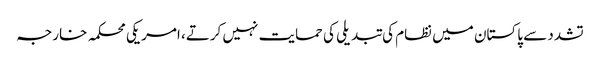
تشدد سے پاکستان میں نظام کی تبدیلی کی حمایت نہیں کرتے، امریکی محکمہ خارجہ